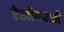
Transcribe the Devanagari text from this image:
रेखीयपक्षी